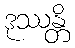
ဒုဿန္တိ